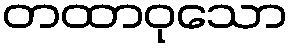
တထာဝုသော